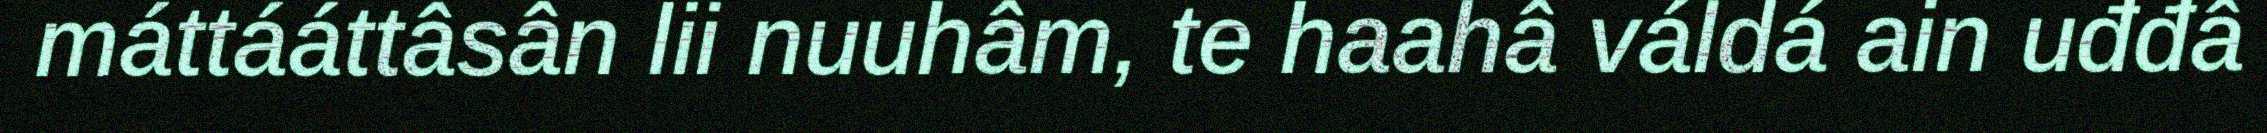
máttááttâsân lii nuuhâm, te haahâ váldá ain uđđâ